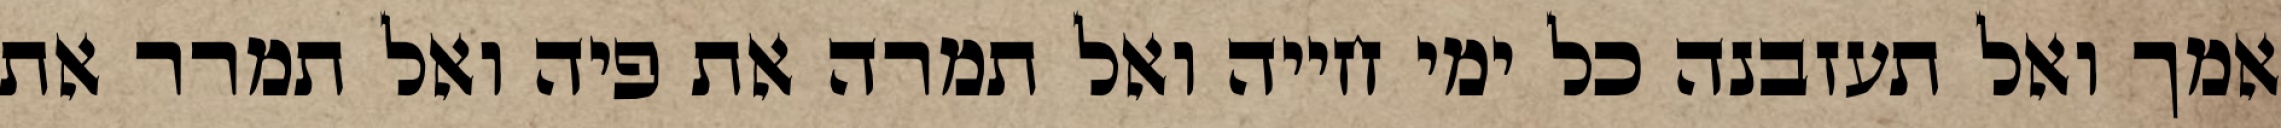
אמך ואל תעזבנה כל ימי חייה ואל תמרה את פיה ואל תמרר את